Annual report on the health of the army in India
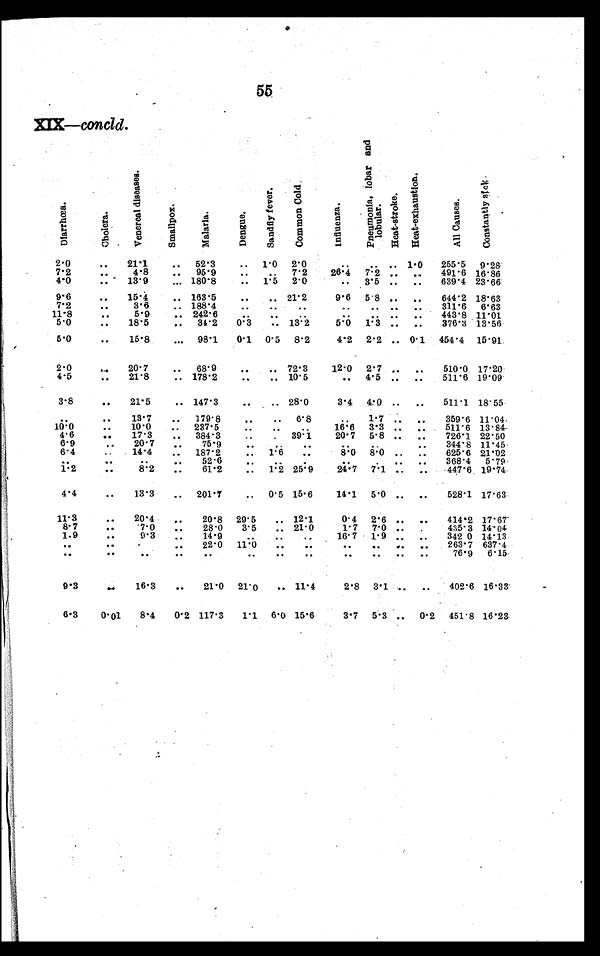
55
XIX—concld .
D i a r r h œ a .
C h o l e r a .
V e n e r e a l d i s e a s e s .
S m a l l p o x .
M a l a r i a .
D e n g u e .
S a n d f l y f e v e r .
C o m m o n C o l d
I n f l u e n z a .
P n e u m o n i a , l o b a r a n d l o b u l a r .
H e a t - s t r o k e .
H e a t - e x h a u s t i o n .
A l l C a u s e s .
C o n s t a n t l y s i c k .
2 . 0
. . 21.1
.. 52.3
.. 1.0 2.0
..
. . .. 1.0 255.5 9.28
7 . 2
..
4.8 .. 95.9
.. ..
7 . 2
2 6 . 4 7.2 .. ... 491.6 16.86
4.0
. . . 13.9
... 180.8
.. 1.5 2.0
.. 3.5 .. .. 639.4 23.66
9. 6
.. 15.4
.. 163.5
..
. . 21.2
9.6 5.8 .. .. 644.2 18.63
7.2
..
3.6
.. 188.4
..
. .
. .
.. .. . .
. . 311.6 6.63
11 .8
..
5.9
.. 242.6 .. ..
. .
. . . .
. . 443.8 11.01
5.0
.. 18.5
.. 34.2 0.3 .. 13.2
5.0 1.3 .. .. 376.3 13.56
5.0
.. 15.8
... 98.1 0.1 0.5 8.2
4.2 2.2 .. 0.1 451.4 15.91
2.0
... 20.7
.. 68.9
.. .. 72.3
12.0 2.7 .. . .
510.0 17.20
4.5
.. 21.8
.. 178.2 ...
.. 10.5
.. 4.5 .. .. 511.6 19.09
3.8
.. 21.5
.. 147.3
.. .. 28.0
3.4 4.0 .. . . 511.1 18.55
. .
.. 13.7 .. 179.8
.. .. 6.8
.. 1.7 .. .. 359.6 11.04
1 0 . 0
....
10.0 .. 237.5
.. .. ..
16.6 3.3 .. .. 511.6 13.84-
4.6
.. 17.3 .. 384.3
. 39.1
20.7 5.8 .. .. 726.1 22.50
6.9
., 20.7 .. 75.9
.. .
.. 344.8 11.45
6.4
.. 14.4 .. 187.2
.. 1.6 .. .
8.0 8.0 .. .. 625.6 21.02
.. 52.6
. . ..
. .
.. 368.4 5.79
1.2
..
8 . 2
. . 61.2
.. 1.2 25.9
24.7 7.1 . . .. 447.6 19.74
4.4
.. 13.3 .. 201.7
.. 0.5 15.6
14.1 5.0 .. .. 528.1 17.63
11.3
.. 20.4 .. 20.8 29.5 .. 12.1
0.4 2.6 .. .. 414.2 17.67
8 . 7
. . .
7 . 0 .. 28.0 3.5 .. 21.0
1.7 7.0 .. .
435.3 14.04
1.9
..
9.3
. . 14.9
..
..
16.7 1.9 .. .. 342 0 14.13
..
. .
.
. . 22.0 11.0
..
.. .. .. .. 263.7 637.4
. .
. .
. .
. .
. .
. .
. .
. .
. . . . . .
76.9 6 . 1 5
9 . 3
.. 16.3 .. 21.0 21.0 .. 11.4
2.8 3.1 .. .. 402.6 16.33
6.3 0.01 8.4 0.2 117.3 1.1 6.0 15.6
3.7 5.3 .. 0.2 451.8 16.23